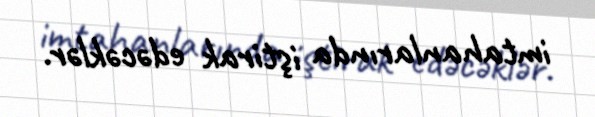
imtahanlarında iştirak edəcəklər.